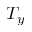
T _ { y }